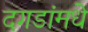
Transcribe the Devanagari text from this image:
दगडांमधे